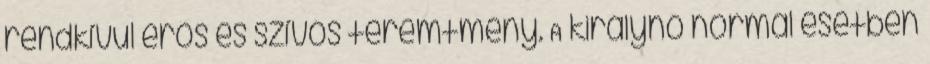
rendkívül erős és szívós teremtmény. A királynő normál esetben